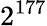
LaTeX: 2^{177}